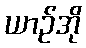
ယာဉ်အို